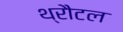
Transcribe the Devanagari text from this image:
थ्रौटल